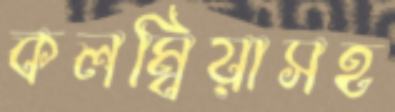
কলম্বিয়াসহ